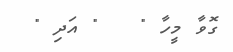
ގޮވާ މީހާ "   " އަދި "